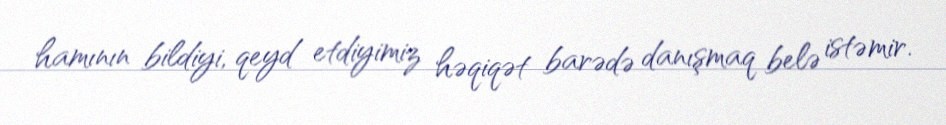
hamının bildiyi, qeyd etdiyimiz həqiqət barədə danışmaq belə istəmir.